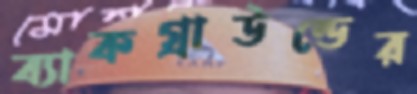
ব্যাকগ্রাউন্ডের